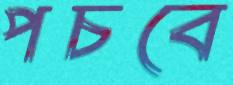
পচবে